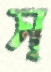
স্